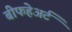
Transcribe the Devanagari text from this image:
बीफहेअर्ट